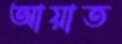
আয়াত